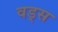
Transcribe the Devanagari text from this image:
वड्स